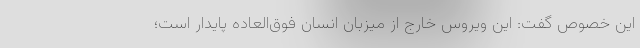
این خصوص گفت: این ویروس خارج از میزبان انسان فوق‌العاده پایدار است؛